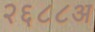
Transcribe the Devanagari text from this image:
२६८८अ